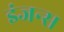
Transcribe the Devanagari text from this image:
इंजन्स